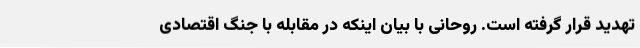
تهدید قرار گرفته است. روحانی با بیان اینکه در مقابله با جنگ اقتصادی